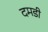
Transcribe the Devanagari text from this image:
दमडी